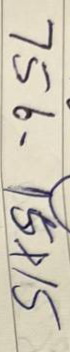
756 = 15x15